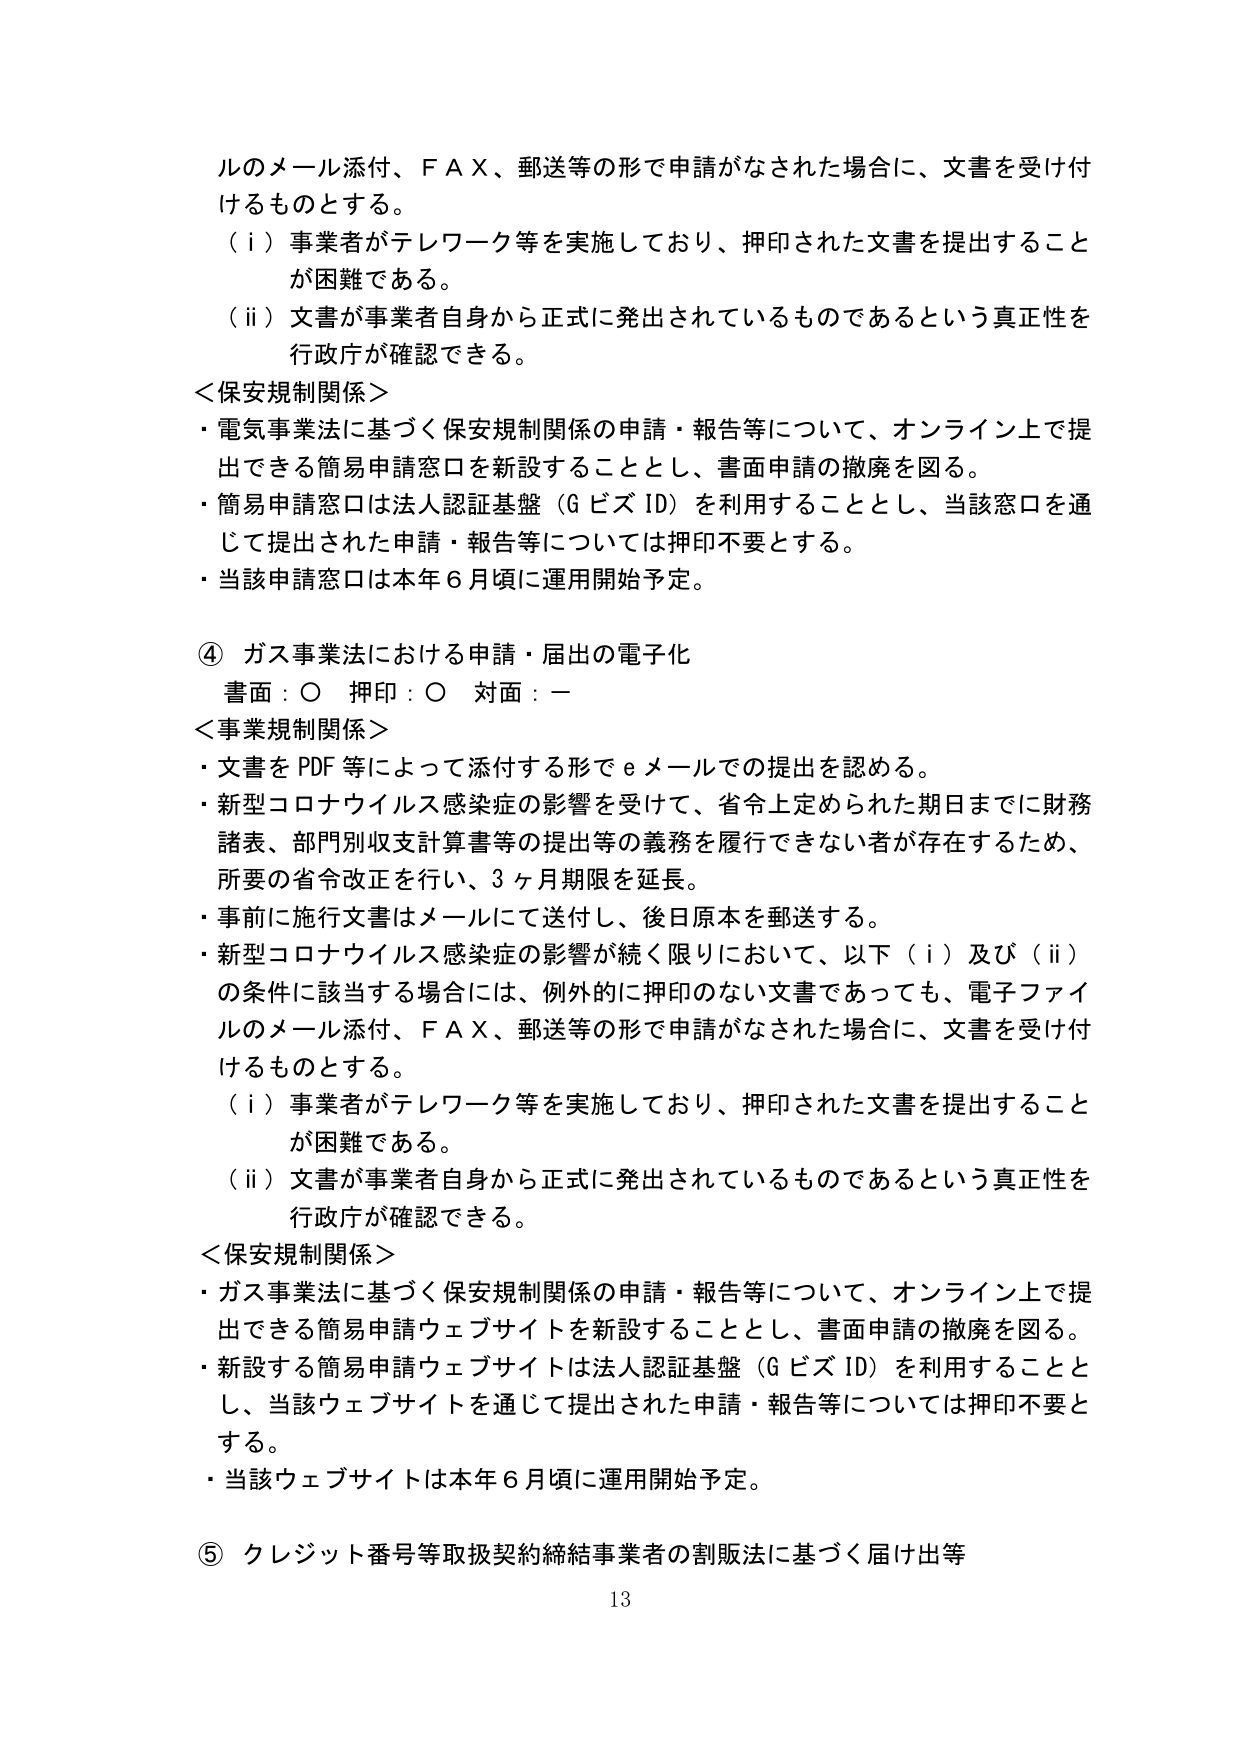
ルのメール添付、ＦＡＸ、郵送等の形で申請がなされた場合に、文書を受け付けるものとする。
（ⅰ）事業者がテレワーク等を実施しており、押印された文書を提出することが困難である。
（ⅱ）文書が事業者自身から正式に発出されているものであるという真正性を行政庁が確認できる。
＜保安規制関係＞
・電気事業法に基づく保安規制関係の申請・報告等について、オンライン上で提出できる簡易申請窓口を新設することとし、書面申請の撤廃を図る。
・簡易申請窓口は法人認証基盤（ＧビズＩＤ）を利用することとし、当該窓口を通じて提出された申請・報告等については押印不要とする。
・当該申請窓口は本年６月頃に運用開始予定。
④ ガス事業法における申請・届出の電子化
書面：○ 押印：○ 対面：－
＜事業規制関係＞
・文書をＰＤＦ等によって添付する形でｅメールでの提出を認める。
・新型コロナウイルス感染症の影響を受けて、省令上定められた期日までに財務諸表、部門別収支計算書等の提出等の義務を履行できない者が存在するため、所要の省令改正を行い、３ヶ月期限を延長。
・事前に施行文書はメールにて送付し、後日原本を郵送する。
・新型コロナウイルス感染症の影響が続く限りにおいて、以下（ⅰ）及び（ⅱ）の条件に該当する場合には、例外的に押印のない文書であっても、電子ファイルのメール添付、ＦＡＸ、郵送等の形で申請がなされた場合に、文書を受け付けるものとする。
（ⅰ）事業者がテレワーク等を実施しており、押印された文書を提出することが困難である。
（ⅱ）文書が事業者自身から正式に発出されているものであるという真正性を行政庁が確認できる。
＜保安規制関係＞
・ガス事業法に基づく保安規制関係の申請・報告等について、オンライン上で提出できる簡易申請ウェブサイトを新設することとし、書面申請の撤廃を図る。
・新設する簡易申請ウェブサイトは法人認証基盤（ＧビズＩＤ）を利用することとし、当該ウェブサイトを通じて提出された申請・報告等については押印不要とする。
・当該ウェブサイトは本年６月頃に運用開始予定。
⑤ クレジット番号等取扱契約締結事業者の割賦法に基づく届け出等
13